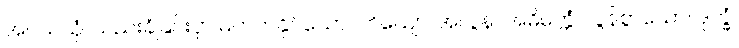
အပသယှံ၊ သည်းခံခြင်းငှာ မတတ်နိုင်သော။ ဘိယျော၊ အလွန်။ အဓိမတ္တံ၊ လွန်စွာသော။ ဒုက္ခံ၊